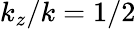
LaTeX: k_{z}/k={1}/{2}